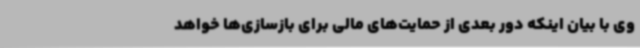
وی با بیان اینکه دور بعدی از حمایت‌های مالی برای بازسازی‌ها خواهد